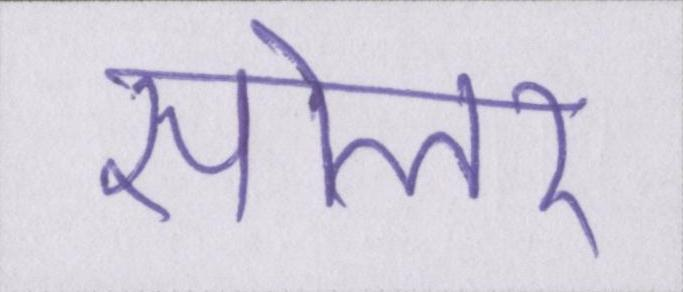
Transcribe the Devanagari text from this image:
सोलर